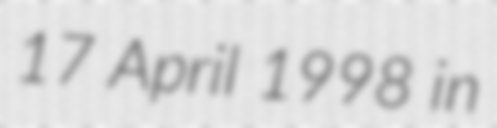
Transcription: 17 April 1998 in